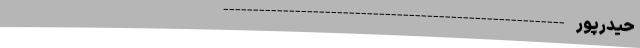
حیدرپور ---------------------------------------------------------